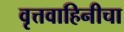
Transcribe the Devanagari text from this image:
वृत्तवाहिनीचा